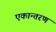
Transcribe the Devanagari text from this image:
एकान्तरण